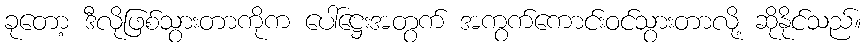
ခုတော့ ဒီလိုဖြစ်သွားတာကိုက ပေါ်ဋ္ဌေးအတွက် အကွက်ကောင်းဝင်သွားတာလို့ ဆိုနိုင်သည်။